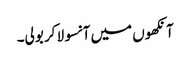
آنکھوں میں آنسو لا کر بولی۔